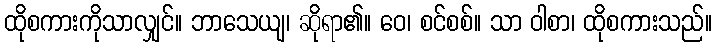
ထိုစကားကိုသာလျှင်။ ဘာသေယျ၊ ဆိုရာ၏။ ဝေ၊ စင်စစ်။ သာ ဝါစာ၊ ထိုစကားသည်။